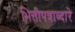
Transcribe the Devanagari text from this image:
भित्तीपत्राव्दारे